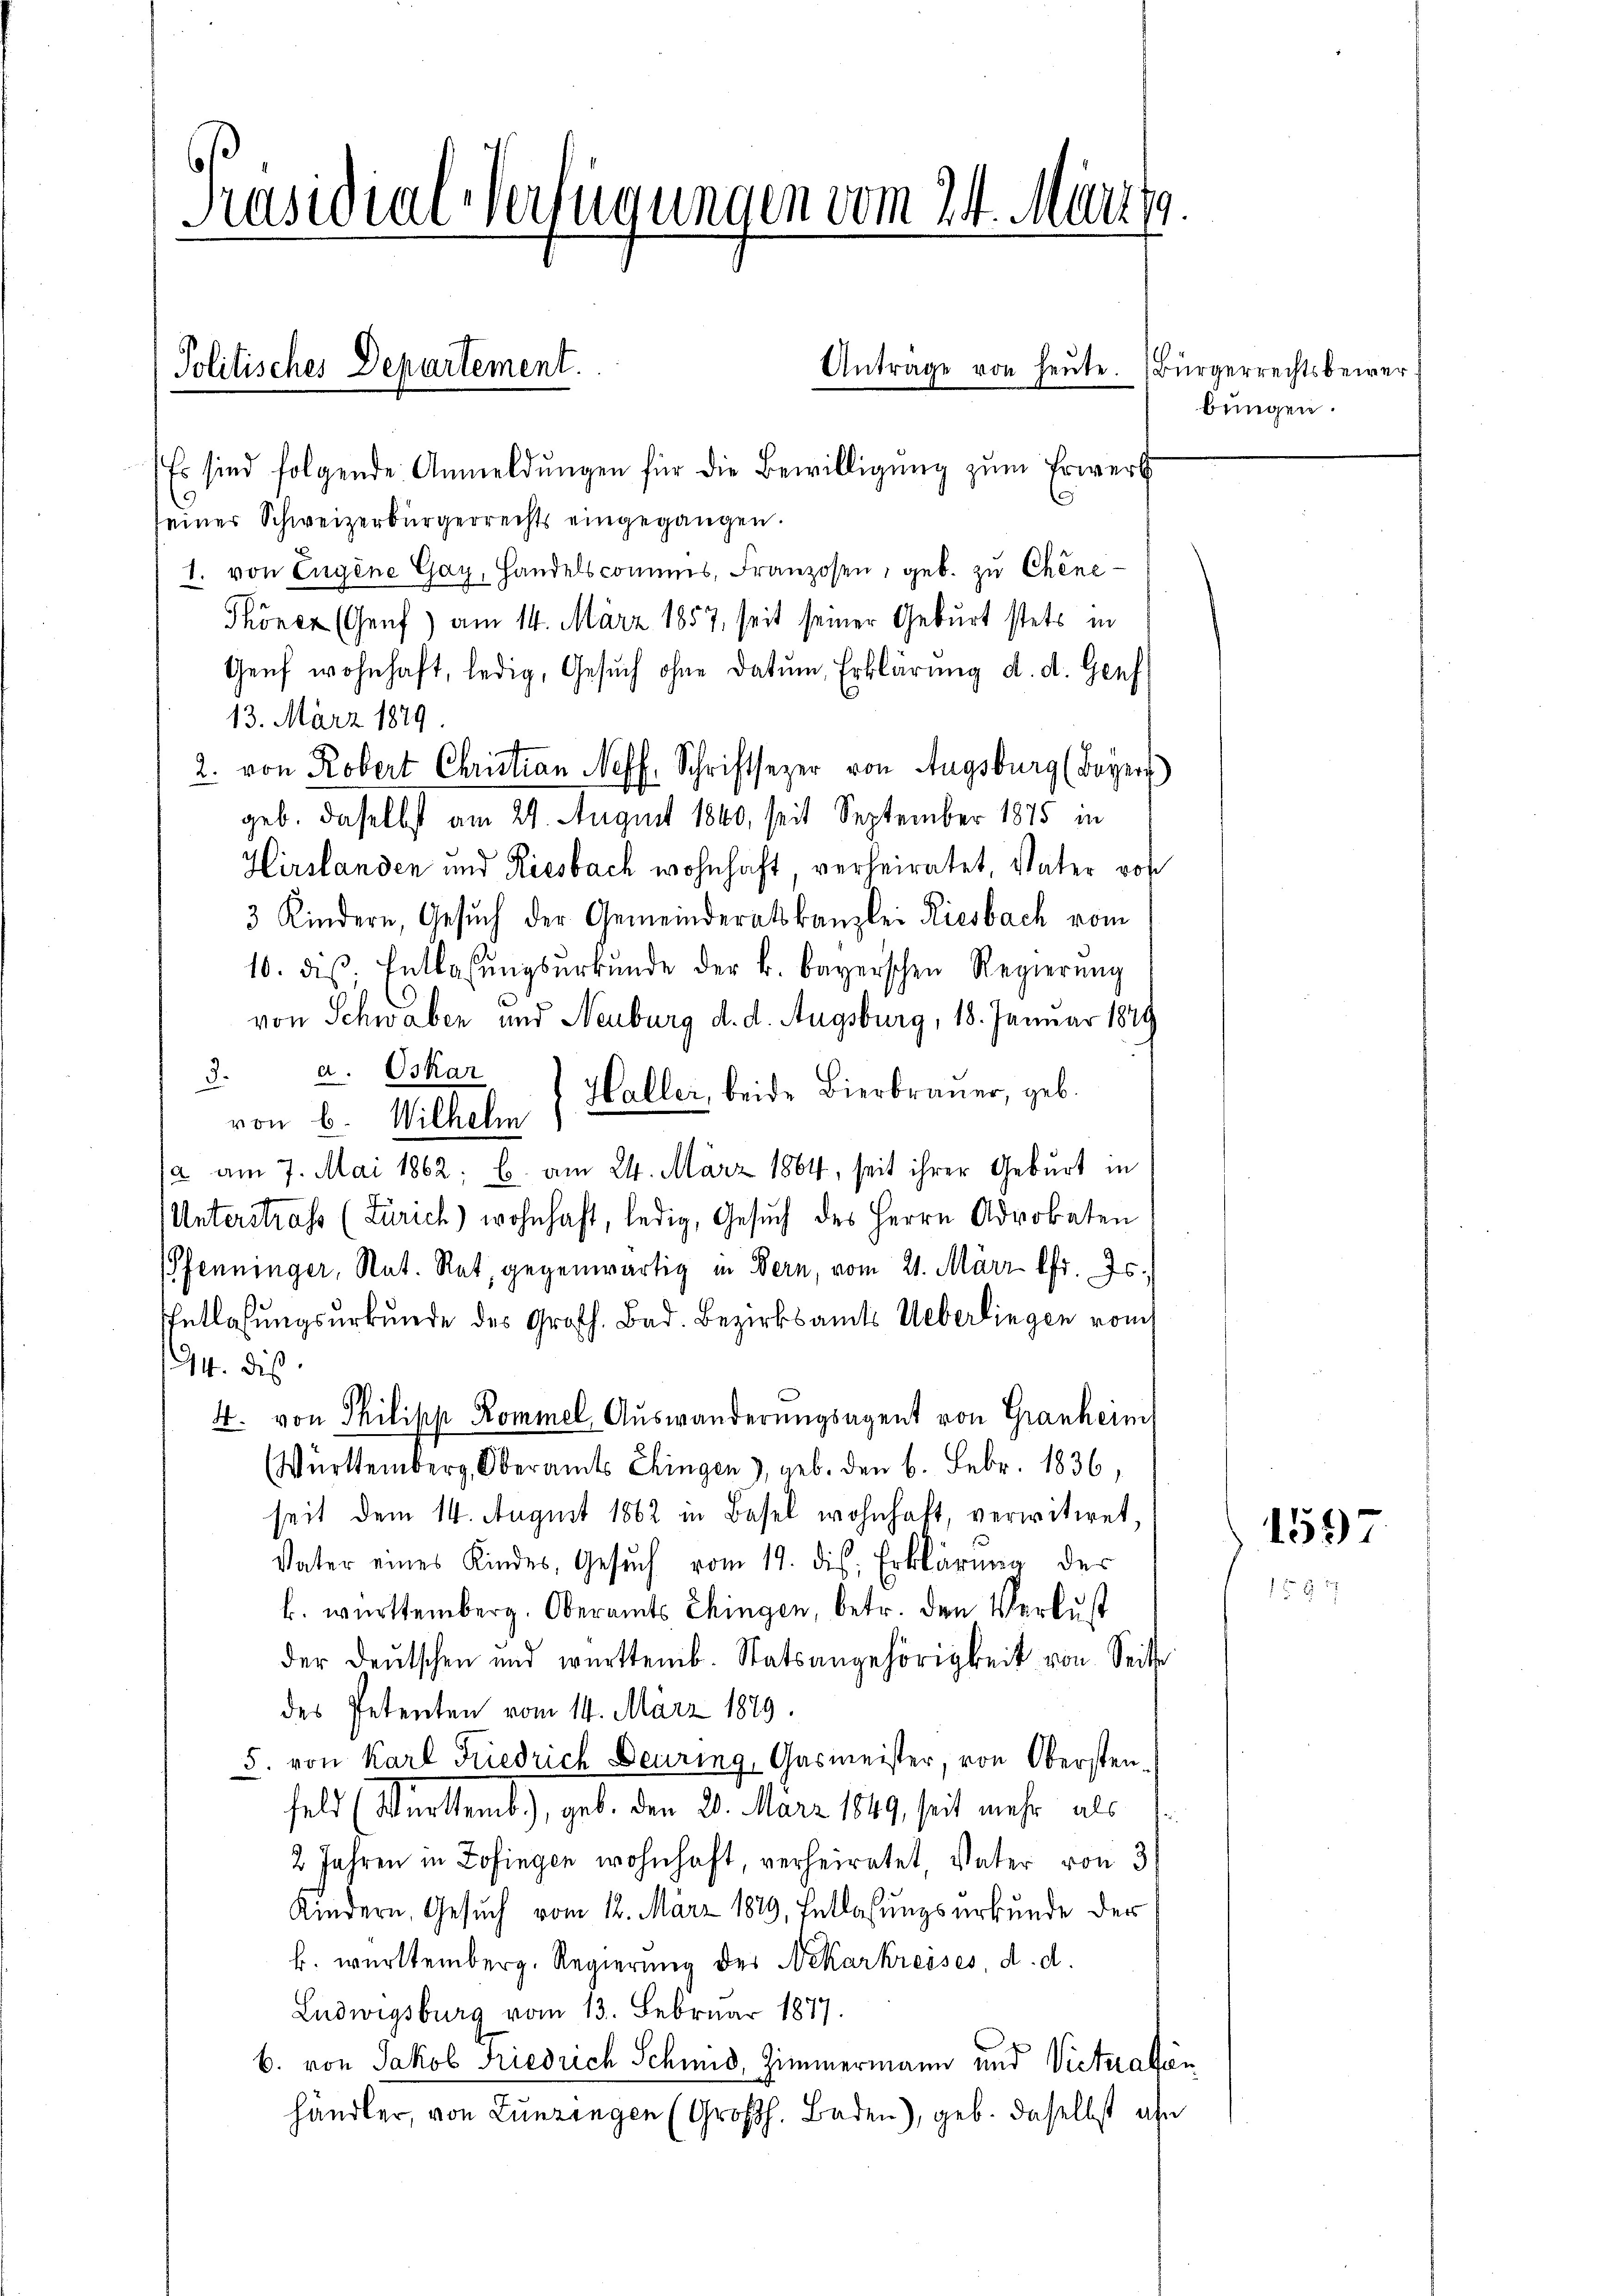
Präsidial-Verfügungen vom 24. März 9.

Politisches Departement.

Es sind folgende Anmeldungen für die Bewilligung zum Erwerb
s
einer Schweizerbürgerrechts eingegangen.
1. von Engene Gay, Handelscommis, Franzosen, geb. zu Chene
Thönen (Genf) am 14. März 1857, seit seiner Geburt stets in
Genf wohnhaft, ledig, Gesuch ohne Datum, Erklärung d. d. Genf
13. März 1879
2. von Robert Christian Neff. Schriftsezer von Augsburg (Bayers
geb. daselbst am 24. August 1840, seit September 1875 in
Hirslanden und Riesbach wohnhaft verheiratet, Vater vor
3 Kindern, Gesŭch der Gemeinderatskanzlei Riesbach vom
10. des Entlastŭngsŭrkŭnde der k. bayerschen Regierung
von Schwaben und Neuburg d. d. Augsburg, 18. Januar 1849
3. a. Oskar
Haller, beide Bierbrauer, geb.
von 6. Wilhelm
ja am 7. Mai 1862; b. am 24. März 1864, seit ihrer Geburt in
Unterstraf (Zürich) wohnhaft, ledig, Gesŭch des Herrn Advokaten
PPfenninger, Rat. Rat, gegenwärtig in Bern, vom 21. März 1fr. 75.
Entlaßungsurkunde des Großh. Bad. Bezirksamts Ueberlingen vom
94. Dis
4. von Philipp Kommel, Auswanderungsagent von Granheim
Württemberg, Oberamts Chingen 3, geb. den 6. Febr. 1836,
seit dem 14. August 1862 in Basel wohnhaft, verwitwet,
Vater eines Kindes, Gesŭch vom 19. ds. Erklärung der
k. württemberg. Oberamts Chingen, betr. den Verlust
der deŭtschen und württemb. Statsangehörigkeit von Seite
des Petenten vom 14. März 1879.
5. von Karl Friedrich Deuring, Gasmeister, von Obersten
feld (Württemb.), geb. Den 20. März 1849, seit mehr als
2 Jahren in Zofingen wohnhaft, verheiratet Vater von 3
Kindern, Gesuch vom 12. März 1879, Entlasungsurkunde der
b. württemberg. Regierung der Nekarkreises, d. d.
Ludwigsburg vom 13. Februar 1877.
b. von Jakob Friedrich Schmid, Zimmermann und Vieteraffen
händler, von Lunzingen (Großh. Baden), geb. daselbst ahn

Antrage von heŭte. Bürgerrechtsbewer¬

bungen.

152